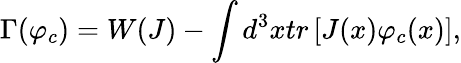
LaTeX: \Gamma(\varphi_{c})=W(J)-\int d^{3}xtr\left[J(x)\varphi_{c}(x)\right],